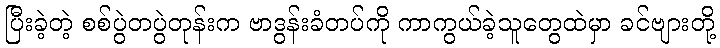
ပြီးခဲ့တဲ့ စစ်ပွဲတပွဲတုန်းက ဗာဒွန်းခံတပ်ကို ကာကွယ်ခဲ့သူတွေထဲမှာ ခင်ဗျားတို့